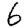
Digit: 6